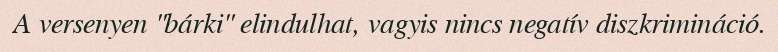
A versenyen "bárki" elindulhat, vagyis nincs negatív diszkrimináció.